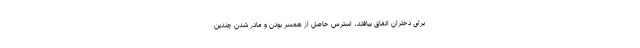
برای دختران اتفاق بیافتد، استرس حاصل از همسر بودن و مادر شدن چندین